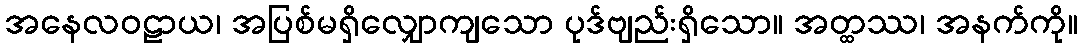
အနေလဝဠာယ၊ အပြစ်မရှိလျှောကျသော ပုဒ်ဗျည်းရှိသော။ အတ္ထဿ၊ အနက်ကို။